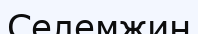
Селемжин